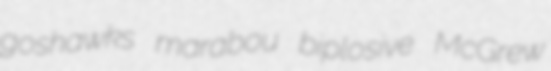
goshawks marabou biplosive McGrew